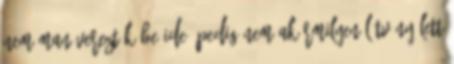
nem manőverezték be ide, pedig nem akármilyen látvány lett